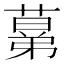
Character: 𦸫